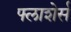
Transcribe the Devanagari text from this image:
फ्लाशेर्स